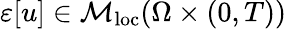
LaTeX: \varepsilon[u]\in\mathcal{M}_{\mathrm{loc}}(\Omega\times(0,T))